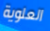
العلوية